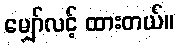
မျှော်လင့် ထားတယ်။